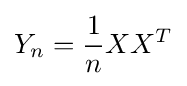
Y_{n}={\frac {1}{n}}XX^{T}